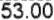
53.00